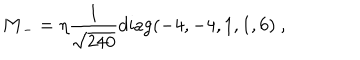
{ \bf M } _ { - } = \eta { \frac { 1 } { \sqrt { 2 4 0 } } } \mathrm { d i a g } ( - 4 , - 4 , 1 , 1 , 6 ) \ ,